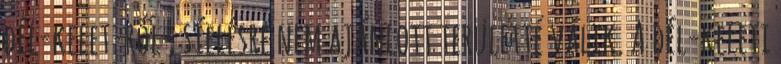
dél-kelet-ről , síelésre nem ajánlott területté válik. A dél-keleti